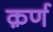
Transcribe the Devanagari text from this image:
क़र्ण